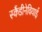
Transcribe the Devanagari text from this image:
स्कैंडीनेवियाई